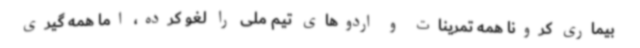
بیماری کرونا همه تمرینات و اردوهای تیم ملی را لغو کرده، اما همه گیری